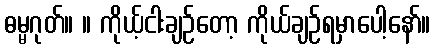
ဓမ္မဂုတ်။ ။ ကိုယ့်ငါးချဉ်တော့ ကိုယ်ချဉ်ရမှာပေါ့နော်။